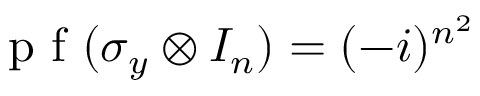
{ \textrm { p f } } ( \sigma _ { y } \otimes I _ { n } ) = ( - i ) ^ { n ^ { 2 } }